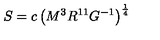
S = c \left( M ^ { 3 } R ^ { 1 1 } G ^ { - 1 } \right) ^ { \frac { 1 } { 4 } }